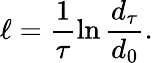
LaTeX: \ell=\frac{1}{\tau}\ln\frac{d_{\tau}}{d_{0}}.